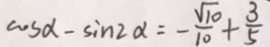
\cos \alpha - \sin 2 \alpha = - \frac { \sqrt { 1 0 } } { 1 0 } + \frac { 3 } { 5 }